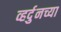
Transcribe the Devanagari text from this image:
व्हर्दुनच्या